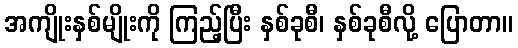
အကျိုးနှစ်မျိုးကို ကြည့်ပြီး နှစ်ခုစီ၊ နှစ်ခုစီလို့ ပြောတာ။